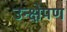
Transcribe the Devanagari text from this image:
उन्क्षेपण